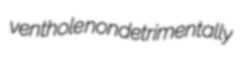
venthole nondetrimentally